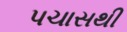
પચાસથી